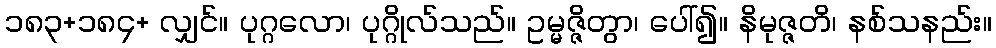
၁၈၃+၁၈၄+ လျှင်။ ပုဂ္ဂလော၊ ပုဂ္ဂိုလ်သည်။ ဥမ္မဇ္ဇိတွာ၊ ပေါ်၍။ နိမုဇ္ဇတိ၊ နစ်သနည်း။